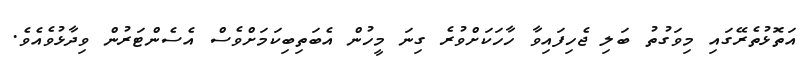
އަތޮޅުތެރޭގައި މިވަގުތު ބަލި ޖެހިފައިވާ ހާހަކަށްވުރެ ގިނަ މީހުން އެބަތިބިކަމަށްވެސް އެސެންޓަރުން ވިދާޅުވެއެވެ.